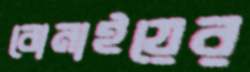
বোনাইয়ের